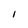
Character: 1